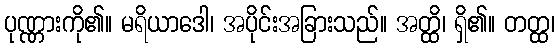
ပုဏ္ဏားကို၏။ မရိယာဒေါ၊ အပိုင်းအခြားသည်။ အတ္ထိ၊ ရှိ၏။ တတ္ထ၊